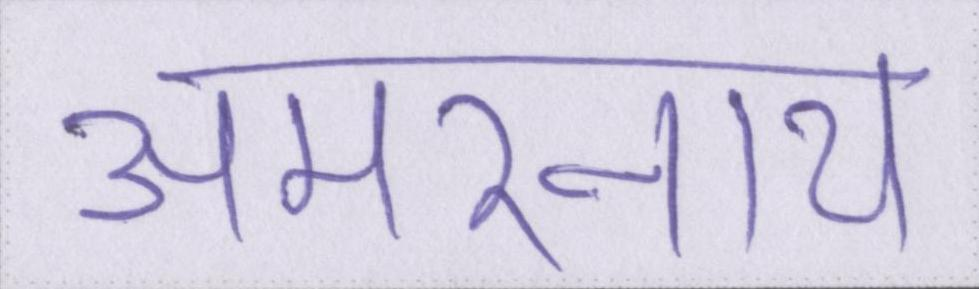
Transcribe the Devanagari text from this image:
अमरनाथ